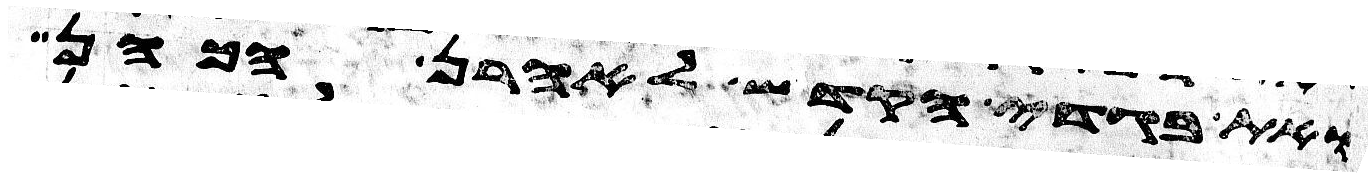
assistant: ואת בגדי הקדש לאהרן הכהן